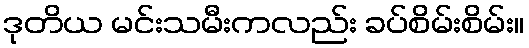
ဒုတိယ မင်းသမီးကလည်း ခပ်စိမ်းစိမ်း။